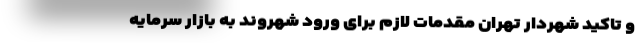
و تاکید شهردار تهران مقدمات لازم برای ورود شهروند به بازار سرمایه